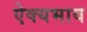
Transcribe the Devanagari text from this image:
ऐक्यभाव